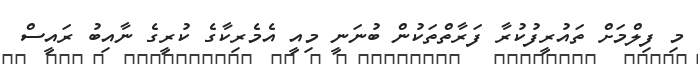
މި ފިލްމަށް ތައުރީފުކުރާ ފަރާތްތަކުން ބުނަނީ މިއީ އެމެރިކާގެ ކުރީގެ ނާއިބު ރައީސް